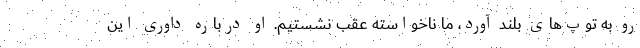
رو به توپ‌های بلند آورد، ما ناخواسته عقب نشستیم. او درباره داوری این